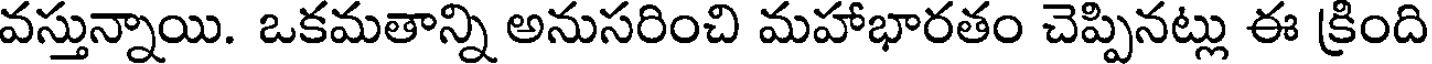
వస్తున్నాయి. ఒకమతాన్ని అనుసరించి మహాభారతం చెప్పినట్లు ఈ క్రింది